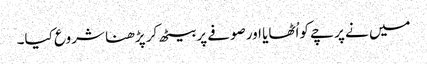
میں نے پرچے کواُٹھایا اورصوفے پربیٹھ کر پڑھنا شروع کیا۔